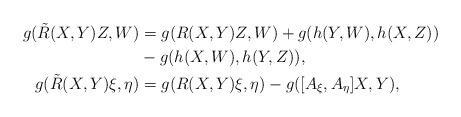
\begin{align*}g(\tilde R(X,Y)Z,W) &= g(R(X,Y)Z,W)+g(h(Y,W),h(X,Z))\\ &-g(h(X,W),h(Y,Z)),\\g(\tilde R(X,Y)\xi,\eta) &= g(R(X,Y)\xi,\eta)-g([A_\xi,A_\eta]X,Y),\end{align*}